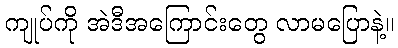
ကျုပ်ကို အဲဒီအကြောင်းတွေ လာမပြောနဲ့။